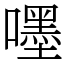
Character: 嚜